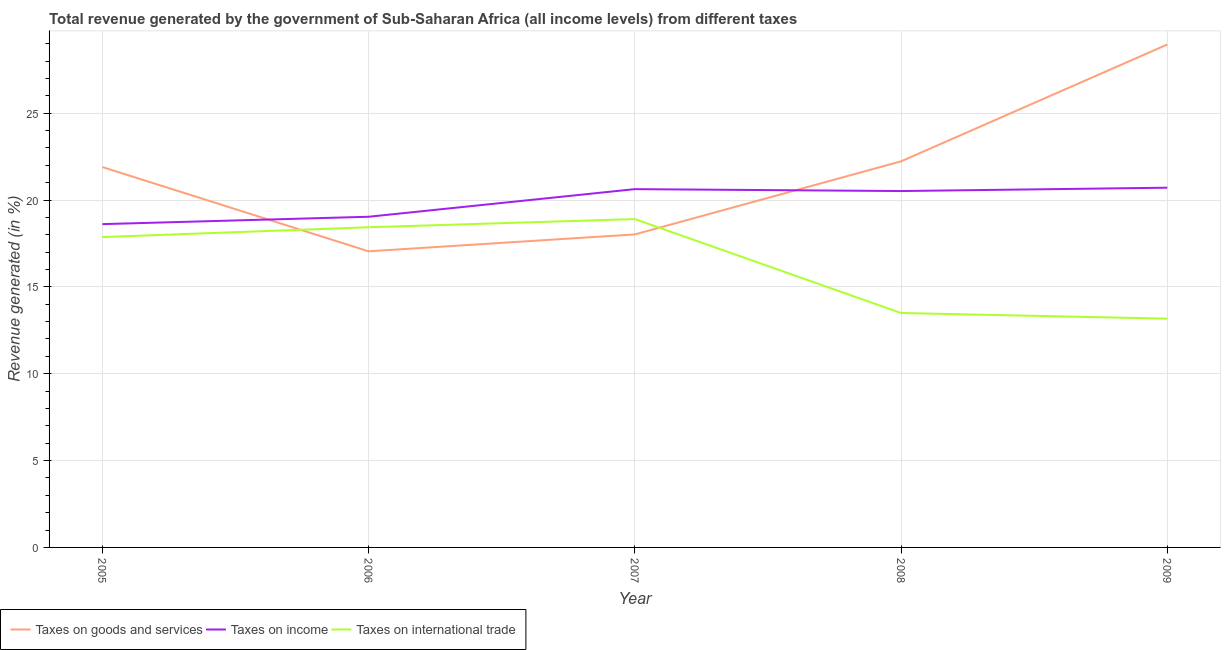
| Year | Taxes on goods and services | Taxes on income | Taxes on international trade |
 | --- | --- | --- | --- |
 | 2005 | 21.9 | 18.6 | 17.9 |
 | 2006 | 17 | 19 | 18.4 |
 | 2007 | 18 | 20.6 | 18.9 |
 | 2008 | 22.2 | 20.5 | 13.5 |
 | 2009 | 29 | 20.7 | 13.2 |